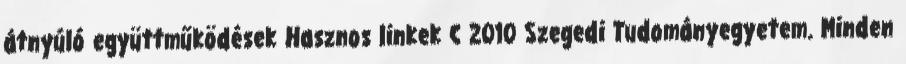
átnyúló együttműködések Hasznos linkek C 2010 Szegedi Tudományegyetem. Minden